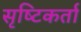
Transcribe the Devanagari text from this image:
सृष्‍टिकर्ता